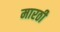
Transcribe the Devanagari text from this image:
मारठी